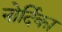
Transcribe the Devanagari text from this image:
नोर्दिका